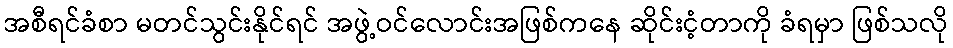
အစီရင်ခံစာ မတင်သွင်းနိုင်ရင် အဖွဲ့ဝင်လောင်းအဖြစ်ကနေ ဆိုင်းငံ့တာကို ခံရမှာ ဖြစ်သလို